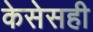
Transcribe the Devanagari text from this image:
केसेसही